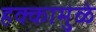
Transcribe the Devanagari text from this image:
हक्कामुळे